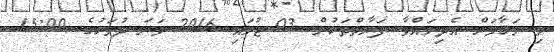
މި މަޤާމަށް އެދިލައްވާ ފަރާތްތަކުން 03 ޖުލައި 2016 ވަނަ ދުވަހުގެ 15:00